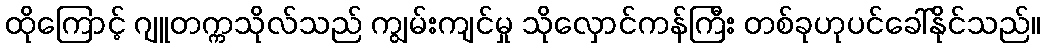
ထိုကြောင့် ဂျူတက္ကသိုလ်သည် ကျွမ်းကျင်မှု သိုလှောင်ကန်ကြီး တစ်ခုဟုပင်ခေါ်နိုင်သည်။